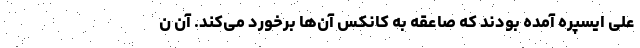
علی ایسپره آمده بودند که صاعقه به کانکس آن‌ها برخورد می‌کند. آن ن